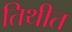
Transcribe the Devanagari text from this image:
तिथीत